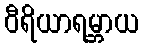
ဝီရိယာရမ္ဘာယ